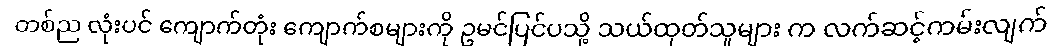
တစ်ည လုံးပင် ကျောက်တုံး ကျောက်စများကို ဥမင်ပြင်ပသို့ သယ်ထုတ်သူများ က လက်ဆင့်ကမ်းလျက်